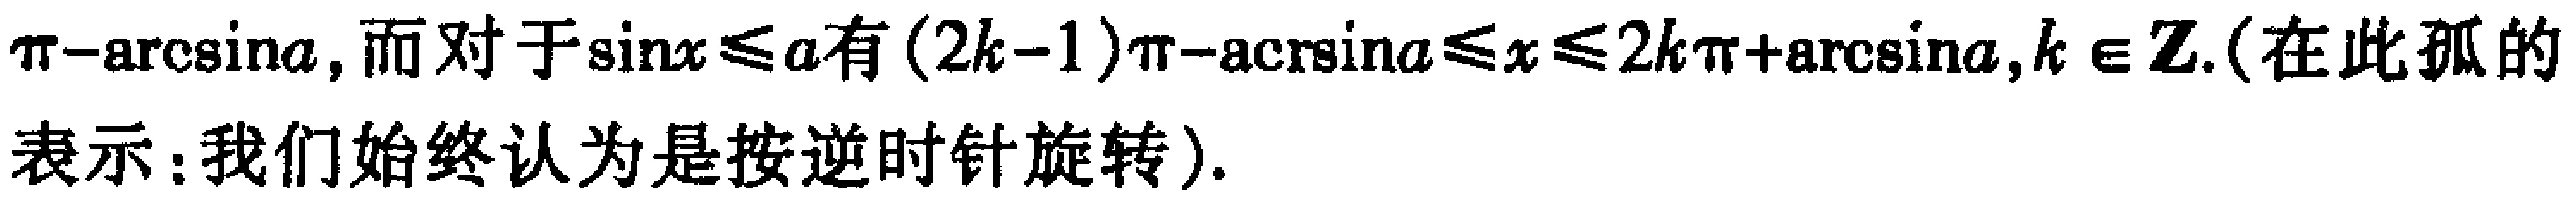
$\pi - \arcsin a$, 而对于$\sin x\leq a$有$(2k - 1)\pi-\arcsin a\leq x\leq 2k\pi+\arcsin a,k\in\mathbb{Z}$.(在此弧的表示：我们始终认为是按逆时针旋转).